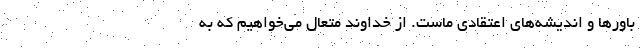
باورها و اندیشه‌های اعتقادی ماست. از خداوند متعال می‌خواهیم که به